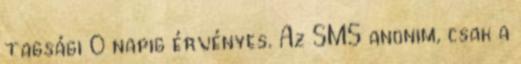
tagsági 0 napig érvényes. Az SMS anonim, csak a